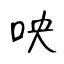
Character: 咉